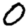
Digit: 0